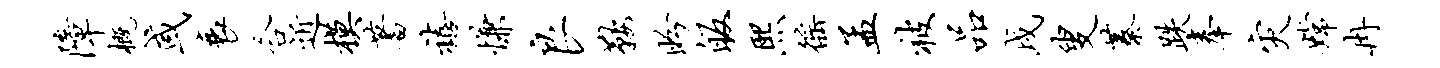
障概或衰合近模蓍禧慊良鞍盼皈熙徭孟被品戌叟蓁跌奉灾嫦冉